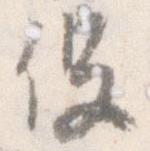
役